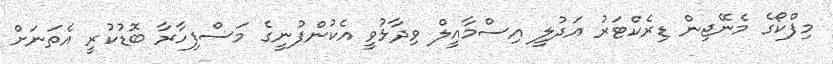
މިފްކޯގެ މެނޭޖިން ޑިރެކްޓަރު އަދުލީ އިސްމާއީލް ވިދާޅުވީ އެކުންފުނީގެ މަސްފިހާރާ ބޮޑުކުރީ އެތަނަށް